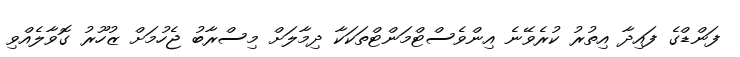
ފަންޑްގެ ފައިދާ އިތުރު ކުރެވޭނެ އިންވެސްޓްމަންޓްތަކަކާ ދިމާލަށް މިސްރާބު ޖެހުމަށް ޒުހޫރު ގޮވާލެއްވި